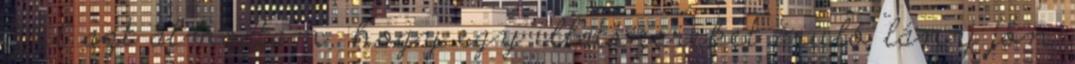
éjjel azt álmodtam, hogy egy illatszereket áruló lány jön